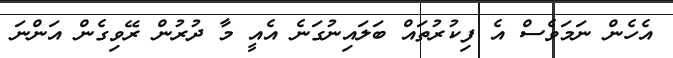
އެހެން ނަމަވެސް އެ ފިކުރުތައް ބަލައިނުގަނެ އެއީ މާ ދުރުން ރޭވިގެން އަންނަ